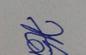
Signature authenticity: genuine